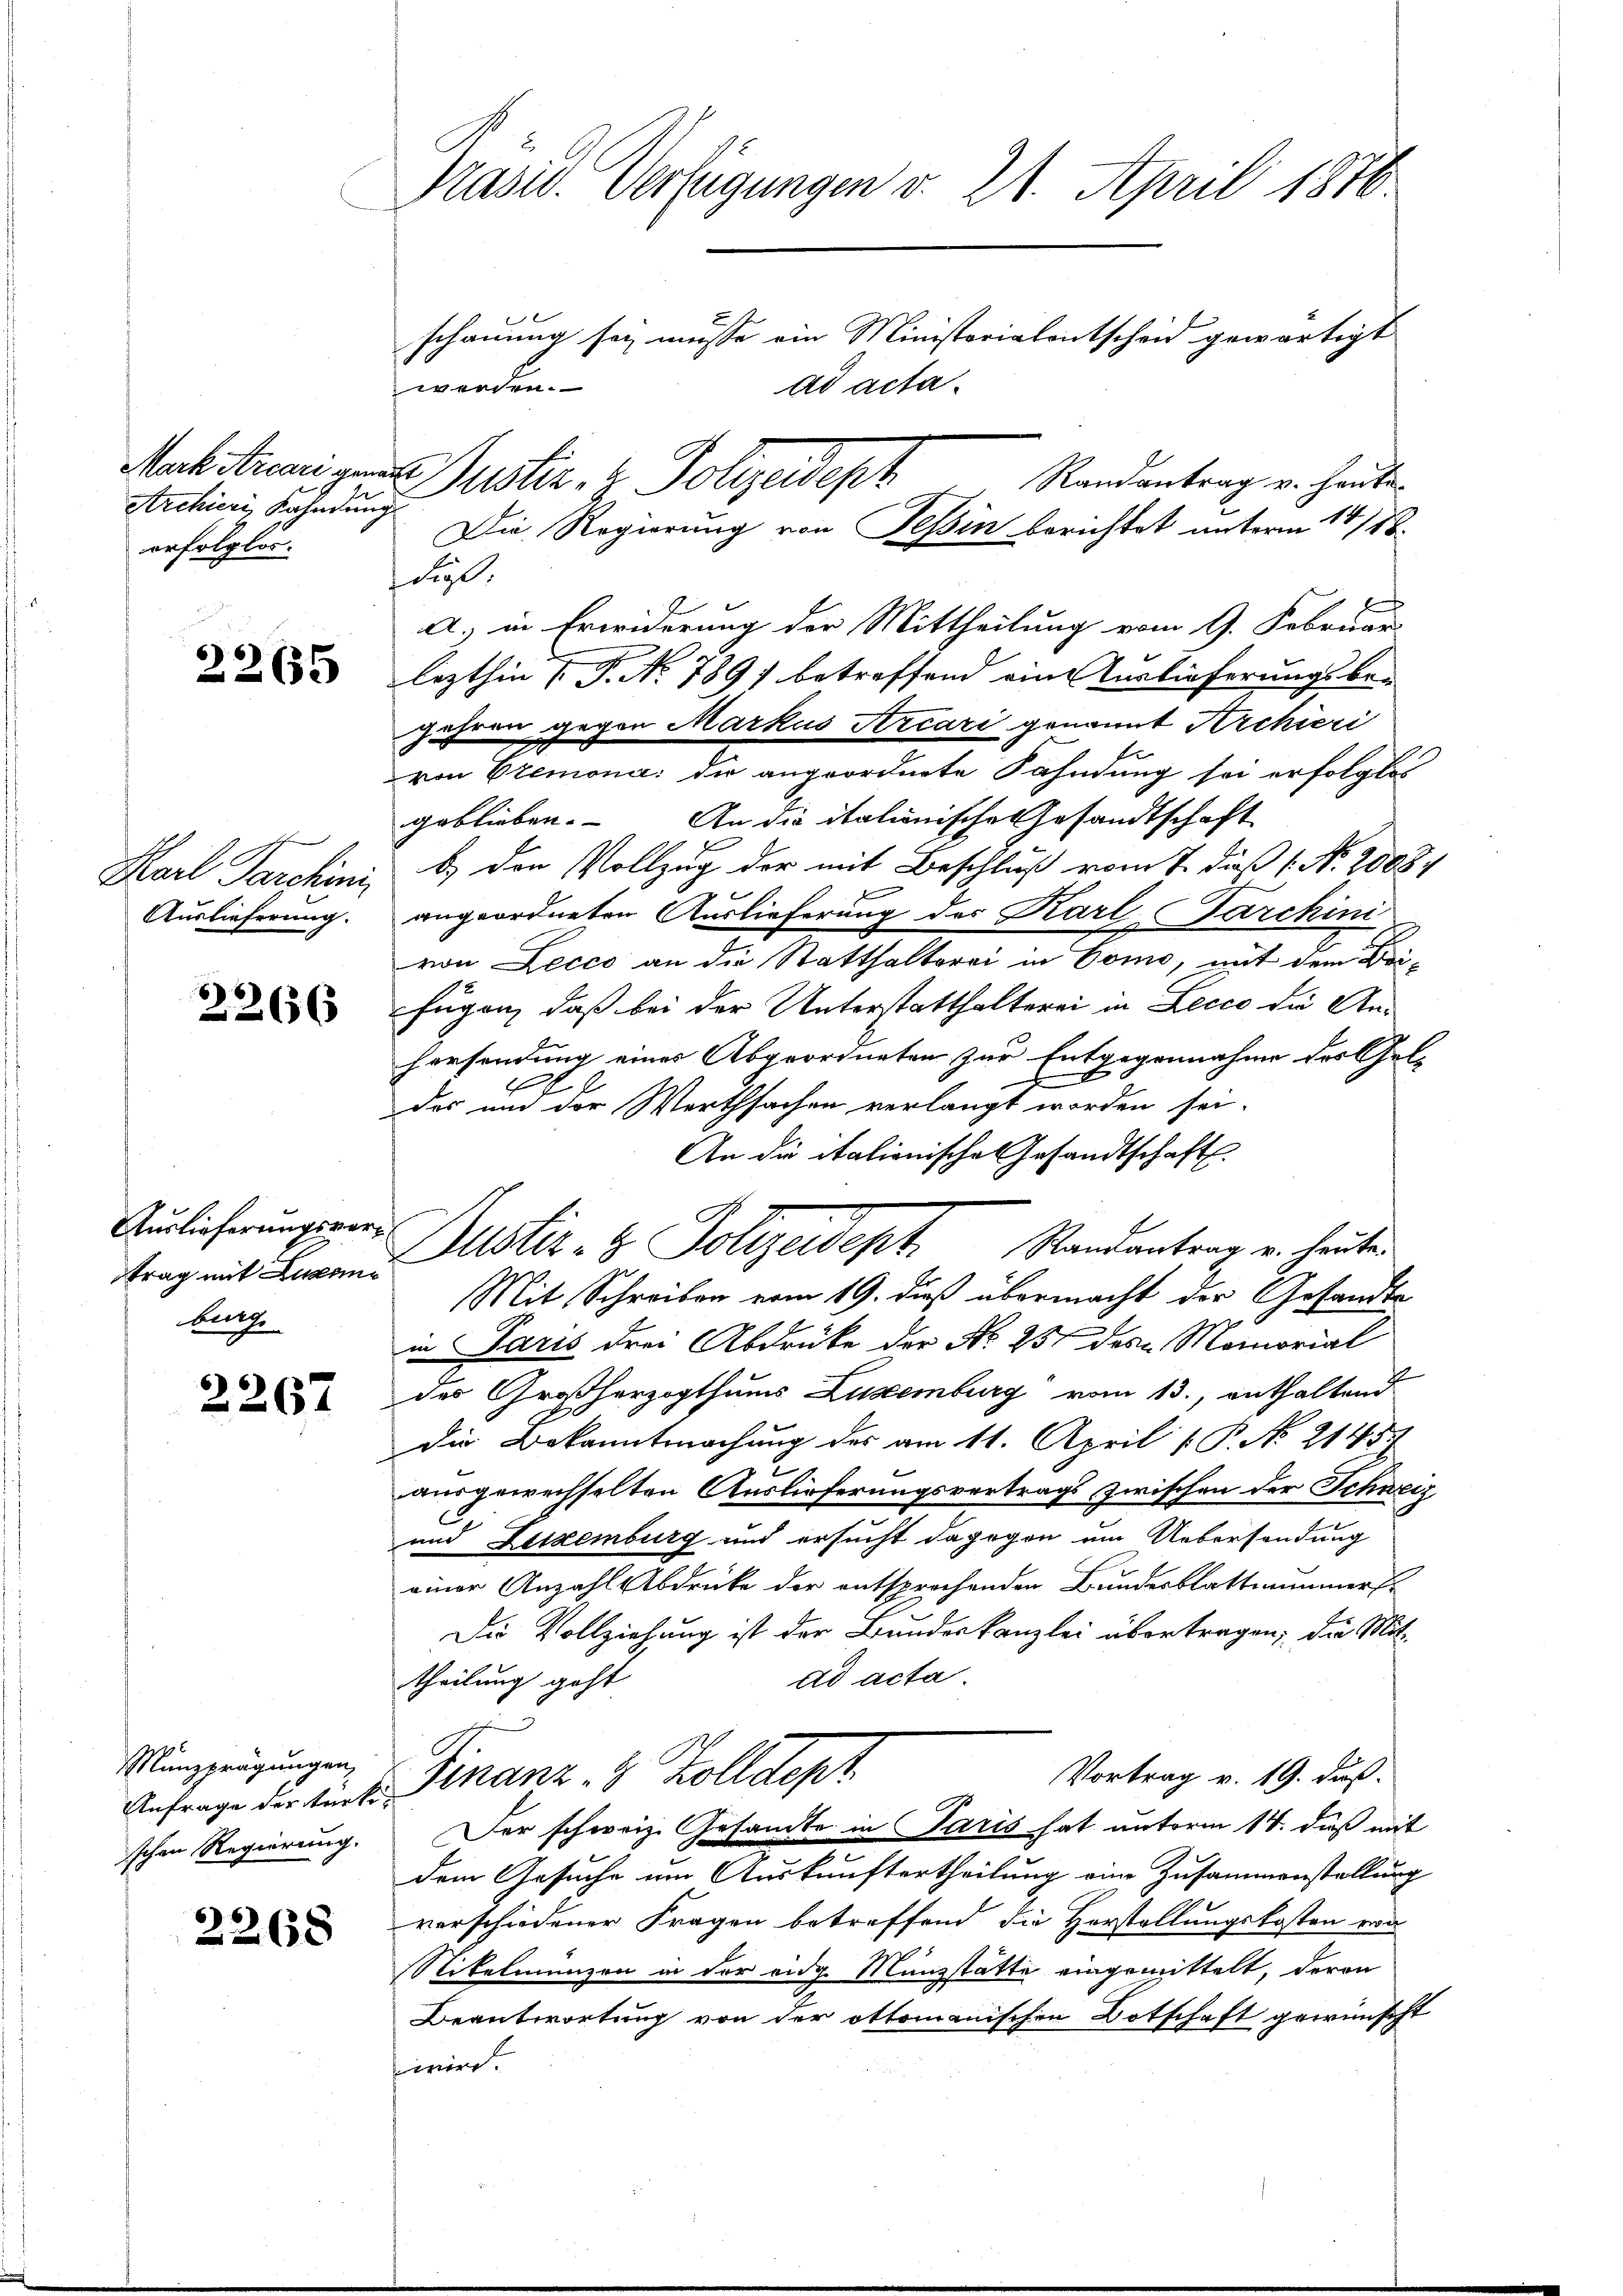
Archiers Kahndung
erfolglos.

2265

en  |
Karl Barchini
Auslieferung.

22656

Auslieferungsvertrag mit Augen
burg

2267

Münzprägungen,
Anfrage der terki-
schen Regierung.

2268

Präsid. Verfügungen v. 21. April 1876
schauung sei müsse ein Ministerialentscheid gewärtigt
1
werden.
ad acta.
Auch trangen Justiz & Polizeideph
Randantrag v. heute

¬

til
A.) in Erwiderung der Mittheilung vom 9. Februar
lezthin (T. No 789) betreffend ein Auslieferungsbe-
Jahren gegen Markus Arcari genannt Archieri
von Cremona; die angeordnete Fahndung sei erfolglos
geblieben. An die italienische Gesandtschaft
b.) Der Vollzug der mit Beschluß vom 7. dieß ( No. 20884
angeordneten Auslieferung des Karl Parchini
von Lecco an die Statthalterei in Como, mit dem Brifügen, daß bei der Unterstatthalterei in Lecco die Anhersendung einer Abgeordneten zur Entgegennahme des Gel-
x
des und der Werthsachen verlangt worden sei.
An die italionische Gesandtschaft.
Justiz- & Polizeident Randantrag u. heute
Mit Schreiben vom 19. dieß übermacht der Gesandts
in Paris drei Abdrücke der No 251 des Momorial
des Großherzogthums Luxenburg vom 13., enthaltend
die Bekanntmachung des am 11. April [ P. No. 214.5.)
ausgewechselten Auslieferungsvertrags zwischen der Schweiz
und Letzenburg und ersucht dagegen um Uebersendung
einer Anzahl Abdrücke der entsprechenden Bundesblattnummers
Die Vollziehung ist der Bundeskanzlei übertragen; die Mitad acta
theilung geht
Vortrag v. 19. duß.
Finanz. 2 Zolldept
s
Der schweiz. Gesandte in Paris hat unterm 14. daß mit
dem Gesuche um Auskunftertheilung ein Zusammenstellung
verschiedener Fragen betreffend die Herstellungskosten wa
Nikelmunzen in der eidg. Münzstätte eingemittelt, deren
Beantwortung von der ottomanischen Botschaft gewünscht
wird

Die Regierung von Tessin berichtet unterm 14/88.